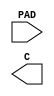
module PADIN(PAD,C);
input PAD;
output C; 
endmodule

module PADBI(PAD,OEN,C,I);
inout PAD;
input OEN;
output C;
input I; 
endmodule

module PADIOVDD(VDDIO);
inout VDDIO;
endmodule

module PADIOVSS(VSSIO);
inout VSSIO;
endmodule

module PADVDD(VDD);
inout VDD;
endmodule

module PADVSS(VSS);
inout VSS;
endmodule

module PADIOVDDPOC(VDDIO);
inout VDDIO;
endmodule